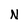
Character: N